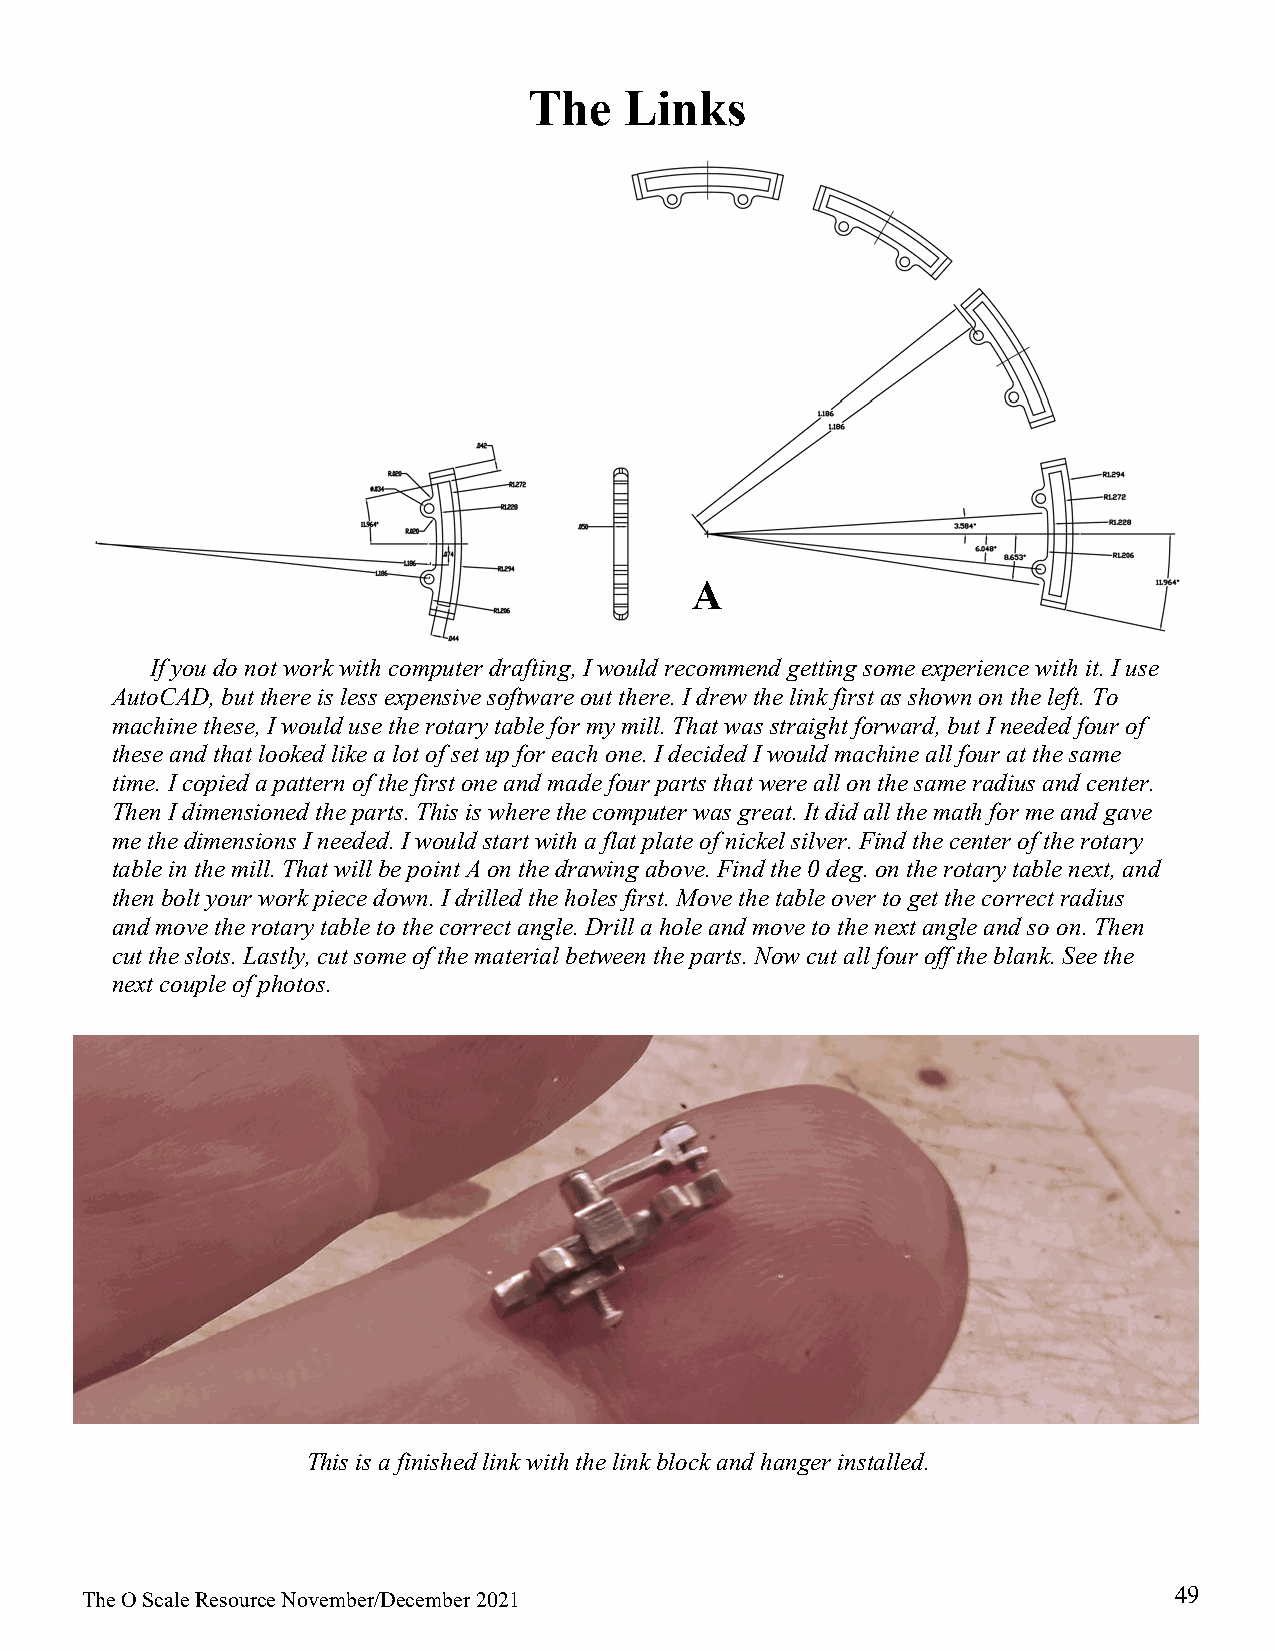
The   Links
 A
 If you do not work with computer drafting, I would recommend getting some experience with it. I use
 AutoCAD, but there is less expensive software out there. I drew the link first as shown on the left. To
 machine these, I would use the rotary table for my mill. That was straight forward, but I needed four of
 these and that looked like a lot of set up for each one. I decided I would machine all four at the same
 time. I copied a pattern of the first one and made four parts that were all on the same radius and center.
 Then I dimensioned the parts. This is where the computer was great. It did all the math for me and gave
 me the dimensions I needed. I would start with a flat plate of nickel silver. Find the center of the rotary
 table in the mill. That will be point A on the drawing above. Find the 0 deg. on the rotary table next, and
 then bolt your work piece down. I drilled the holes first. Move the table over to get the correct radius
 and move the rotary table to the correct angle. Drill a hole and move to the next angle and so on. Then
 cut the slots. Lastly, cut some of the material between the parts. Now cut all four off the blank. See the
 next couple of photos.
 This is a finished link with the link block and hanger installed.
 49
 The O Scale Resource November/December 2021